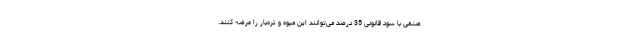
صنفی با سود قانونی 35 درصد می‌توانند این میوه و تره‌بار را عرضه کنند.